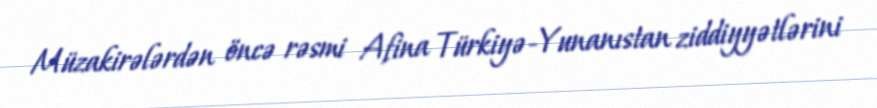
Müzakirələrdən öncə rəsmi Afina Türkiyə-Yunanıstan ziddiyyətlərini